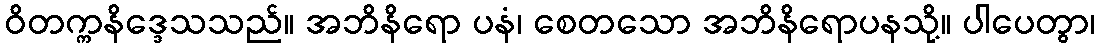
ဝိတက္ကနိဒ္ဒေသသည်။ အဘိနိရော ပနံ၊ စေတသော အဘိနိရောပနသို့။ ပါပေတွာ၊